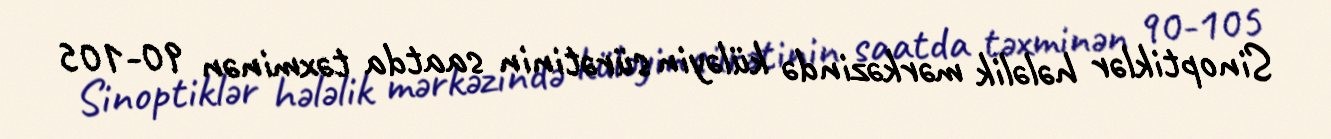
Sinoptiklər hələlik mərkəzində küləyin sürətinin saatda təxminən 90-105